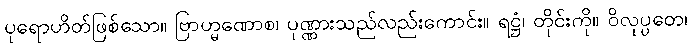
ပုရောဟိတ်ဖြစ်သော။ ဗြာဟ္မဏောစ၊ ပုဏ္ဏားသည်လည်းကောင်း။ ရဋ္ဌံ၊ တိုင်းကို။ ဝိလုပ္ပတေ၊